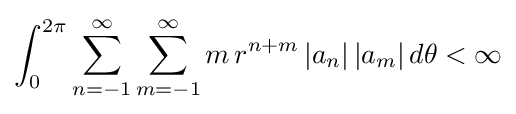
\int _{0}^{2\pi }\sum _{n=-1}^{\infty }\sum _{m=-1}^{\infty }m\,r^{n+m}\,|a_{n}|\,|a_{m}|\,d\theta <\infty